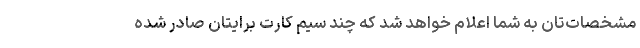
مشخصات‌تان به شما اعلام خواهد شد که چند سیم کارت برایتان صادر شده